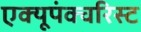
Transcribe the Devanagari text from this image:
एक्यूपंक्चरिस्ट